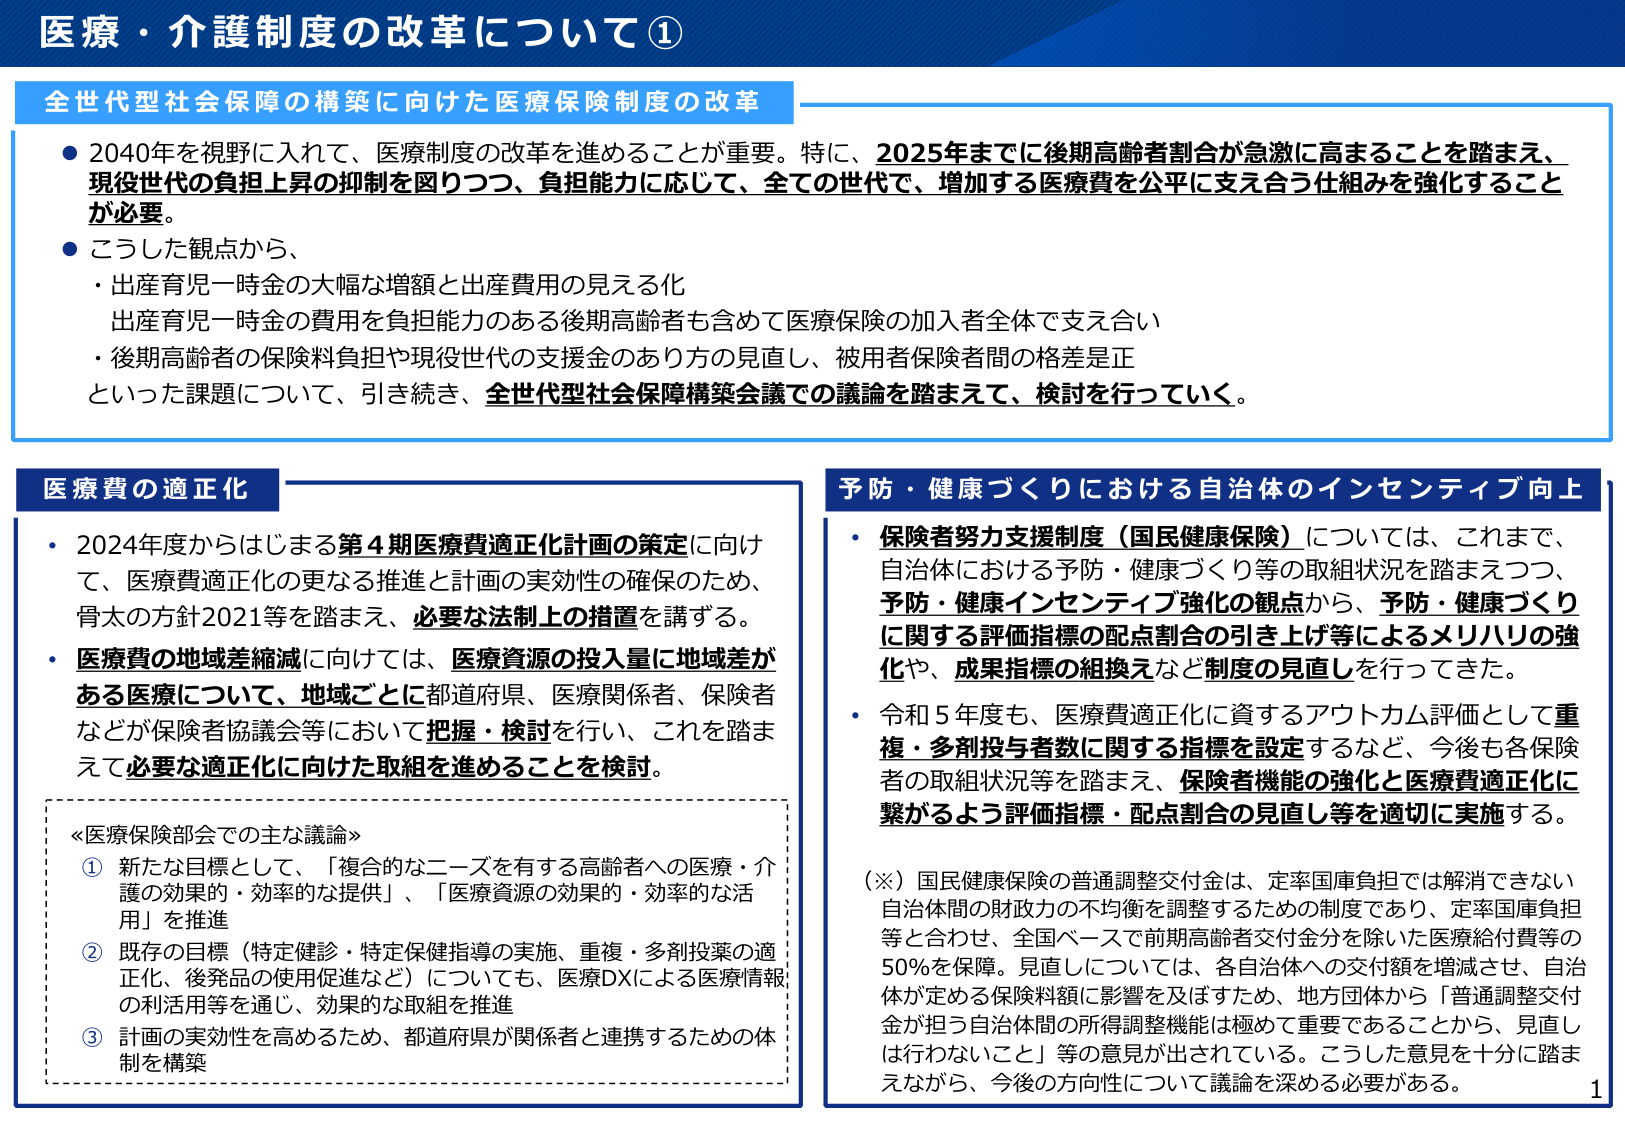
医療・介護制度の改革について①

全世代型社会保障の構築に向けた医療保険制度の改革
● 2040年を視野に入れて、医療制度の改革を進めることが重要。特に、2025年までに後期高齢者割合が急激に高まることを踏まえ、現役世代の負担上昇の抑制を図りつつ、負担能力に応じて、全ての世代で、増加する医療費を公平に支え合う仕組みを強化することが必要。
● こうした観点から、
・ 出産育児一時金の大幅な増額と出産費用の見える化
　出産育児一時金の費用を負担能力のある後期高齢者も含めて医療保険の加入者全体で支え合い
・ 後期高齢者の保険料負担や現役世代の支援金のあり方の見直し、被用者保険者間の格差是正
　といった課題について、引き続き、全世代型社会保障構築会議での議論を踏まえて、検討を行っていく。

医療費の適正化
・ 2024年度からはじまる第4期医療費適正化計画の策定に向けて、医療費適正化の更なる推進と計画の実効性の確保のため、骨太の方針2021等を踏まえ、必要な法制上の措置を講ずる。
・ 医療費の地域差縮減に向けては、医療資源の投入量に地域差がある医療について、地域ごとに都道府県、医療関係者、保険者などが保険者協議会等において把握・検討を行い、これを踏まえて必要な適正化に向けた取組を進めることを検討。

≪医療保険部会での主な議論≫
① 新たな目標として、「複合的なニーズを有する高齢者への医療・介護の効果的・効率的な提供」、「医療資源の効果的・効率的な活用」を推進
② 既存の目標（特定健診・特定保健指導の実施、重複・多剤投薬の適正化、後発品の使用促進など）についても、医療DXによる医療情報の利活用等を通じ、効果的な取組を推進
③ 計画の実効性を高めるため、都道府県が関係者と連携するための体制を構築

予防・健康づくりにおける自治体のインセンティブ向上
・ 保険者努力支援制度（国民健康保険）については、これまで、自治体における予防・健康づくり等の取組状況を踏まえつつ、予防・健康インセンティブ強化の観点から、予防・健康づくりに関する評価指標の配点割合の引き上げ等によるメリハリの強化や、成果指標の組換えなど制度の見直しを行ってきた。
・ 令和5年度も、医療費適正化に資するアウトカム評価として重複・多剤投与者数に関する指標を設定するなど、今後も各保険者の取組状況等を踏まえ、保険者機能の強化と医療費適正化に繋がるよう評価指標・配点割合の見直し等を適切に実施する。

（※）国民健康保険の普通調整交付金は、定率国庫負担では解消できない自治体間の財政力の不均衡を調整するための制度であり、定率国庫負担等と合わせ、全国ベースで前期高齢者交付金分を除いた医療給付費等の50％を保障。見直しについては、各自治体への交付額を増額させ、自治体が定める保険料額に影響を及ぼすため、地方団体から「普通調整交付金が担う自治体間の所得調整機能は極めて重要であることから、見直しは行わないこと」等の意見が出されている。こうした意見を十分に踏まえながら、今後の方針性について議論を深める必要がある。

1